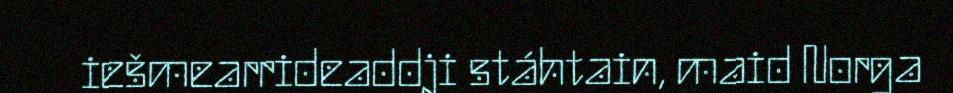
iešmearrideaddji stáhtain, maid Norga